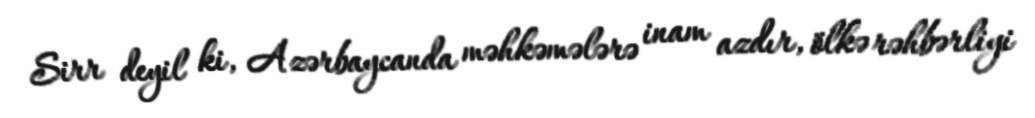
Sirr deyil ki, Azərbaycanda məhkəmələrə inam azdır, ölkə rəhbərliyi